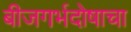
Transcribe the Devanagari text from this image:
बीजगर्भदोषाचा